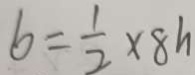
b = \frac { 1 } { 2 } \times 8 h